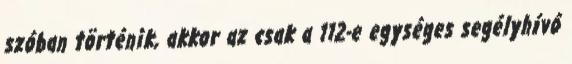
szóban történik, akkor az csak a 112-e egységes segélyhívó